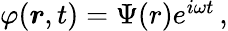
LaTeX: \begin{array}{r}{\varphi(\boldsymbol{r},t)=\Psi(r)e^{i\omega t}\, ,}\end{array}